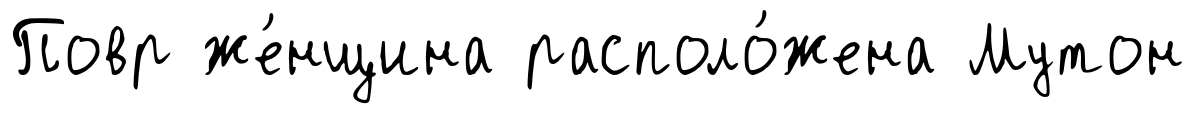
Повр же́нщина располо́жена Мутон